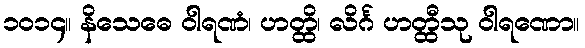
၁၀၁၄။ နိသေဓေ ဝါရဏံ၊ ဟတ္ထိ၊ လိင်္ဂ ဟတ္ထီသု ဝါရဏော။